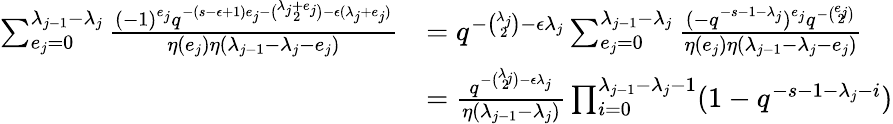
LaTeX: \begin{array}{rl}{\sum_{e_{j}=0}^{\lambda_{j-1}-\lambda_{j}}\frac{(-1)^{e_{j}}q^{-(s-\epsilon+1)e_{j}-\binom{\lambda_{j}+e_{j}}{2}-\epsilon(\lambda_{j}+e_{j})}}{\eta(e_{j})\eta(\lambda_{j-1}-\lambda_{j}-e_{j})}}&{=q^{-\binom{\lambda_{j}}{2}-\epsilon\lambda_{j}}\sum_{e_{j}=0}^{\lambda_{j-1}-\lambda_{j}}\frac{(-q^{-s-1-\lambda_{j}})^{e_{j}}q^{-\binom{e_{j}}{2}}}{\eta(e_{j})\eta(\lambda_{j-1}-\lambda_{j}-e_{j})}}\\ &{=\frac{q^{-\binom{\lambda_{j}}{2}-\epsilon\lambda_{j}}}{\eta(\lambda_{j-1}-\lambda_{j})}\prod_{i=0}^{\lambda_{j-1}-\lambda_{j}-1}(1-q^{-s-1-\lambda_{j}-i})}\end{array}